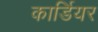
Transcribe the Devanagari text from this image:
कार्डियर